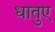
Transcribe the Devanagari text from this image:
धातुए